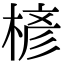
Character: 楌